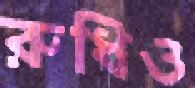
রুধিও